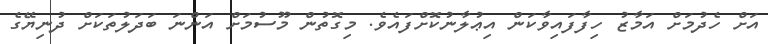
އަށް ހެދުމަށް އަމާޒު ހިފާފައިވާކަން އިޢުލާނުކޮށްފައެވެ. މިގޮތުން މޫސުމަށް އަންނަ ބަދަލުތަކަށް ދުނިޔޭގެ